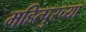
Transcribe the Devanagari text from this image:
महित्पुरच्या